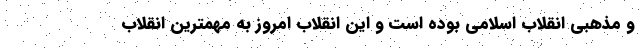
و مذهبی انقلاب اسلامی بوده است و این انقلاب امروز به مهمترین انقلاب